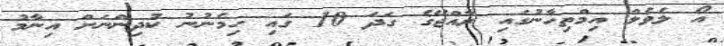
އޯ ލެވެލް އިމްތިހާނުގައި ރާއްޖޭގެ ގަދަ 10 ގައި ހިމެނުނު ކުދިންނަށް އިނާމު